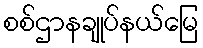
စစ်ဌာနချုပ်နယ်မြေ